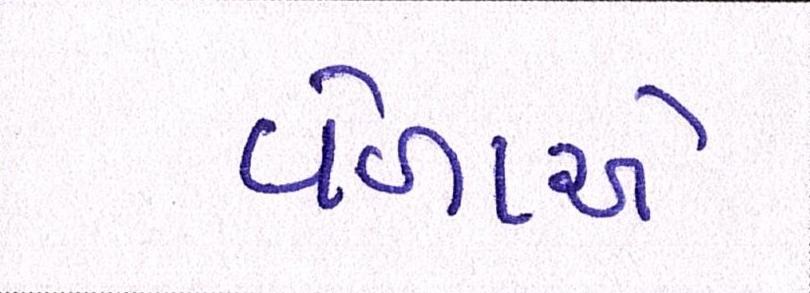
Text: વેળાએ